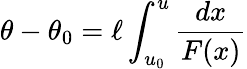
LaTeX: \theta-\theta_{0}=\ell\int_{u_{0}}^{u}\frac{dx}{F(x)}